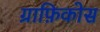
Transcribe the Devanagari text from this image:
ग्राफ़िकोस